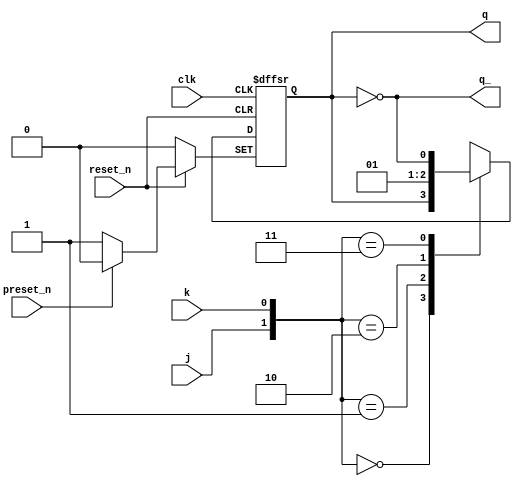
`timescale 1ns / 1ps
//////////////////////////////////////////////////////////////////////////////////
// Company: 
// 
// Design Name: JK Flip Flop with Preset & Reset
// Module Name: JK_FF
// Project Name: JK Flip Flop with Preset & Reset 
// Target Devices: 
// Tool Versions: Vivado 2020.2.2
// Description: 
// 
// Dependencies: 
// 
// Revision:
// Revision 0.01 - File Created
// Additional Comments:
// 
//////////////////////////////////////////////////////////////////////////////////


module JK_FF(
    q,
    q_,
    clk,
    preset_n,
    reset_n,
    j,
    k
    );
    
    output reg q;
    output q_;
    input clk;
    input preset_n;
    input reset_n;
    input j;
    input k;
    
    assign q_ = ~q;
    
    always@(posedge clk or negedge preset_n or negedge reset_n)
    begin        
        if(!preset_n)
            q <= 1'b1;
        
        else if(!reset_n)
            q <= 1'b0;
            
        else
            casex({j, k})
                2'b00:  begin 
                            q <= q;
                        end
                2'b01:  begin 
                            q <= 1'b0;
                        end
                2'b10:  begin 
                            q <= 1'b1;
                        end
                2'b11:  begin 
                            q <= q_;
                        end
            endcase
    end
endmodule